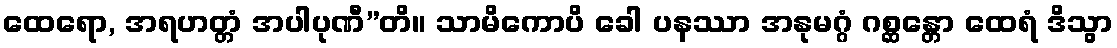
ထေရော, အရဟတ္တံ အပါပုဏီ”တိ။ သာမိကောပိ ခေါ ပနဿာ အနုမဂ္ဂံ ဂစ္ဆန္တော ထေရံ ဒိသွာ